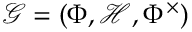
\mathcal { G } = ( \Phi , \mathcal { H } , \Phi ^ { \times } )